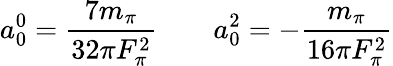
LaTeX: a_{0}^{0}={\frac{7m_{\pi}}{32\pi F_{\pi}^{2}}}\qquad a_{0}^{2}=-{\frac{m_{\pi}}{16\pi F_{\pi}^{2}}}